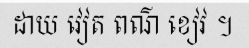
ដាយ វៀត ពណ៌ ខៀវ ។